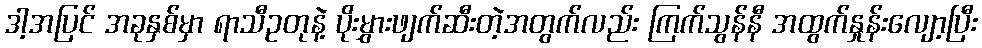
ဒါ့အပြင် အခုနှစ်မှာ ရာသီဥတုနဲ့ ပိုးမွှားဖျက်ဆီးတဲ့အတွက်လည်း ကြက်သွန်နီ အထွက်နှုန်းလျော့ပြီး